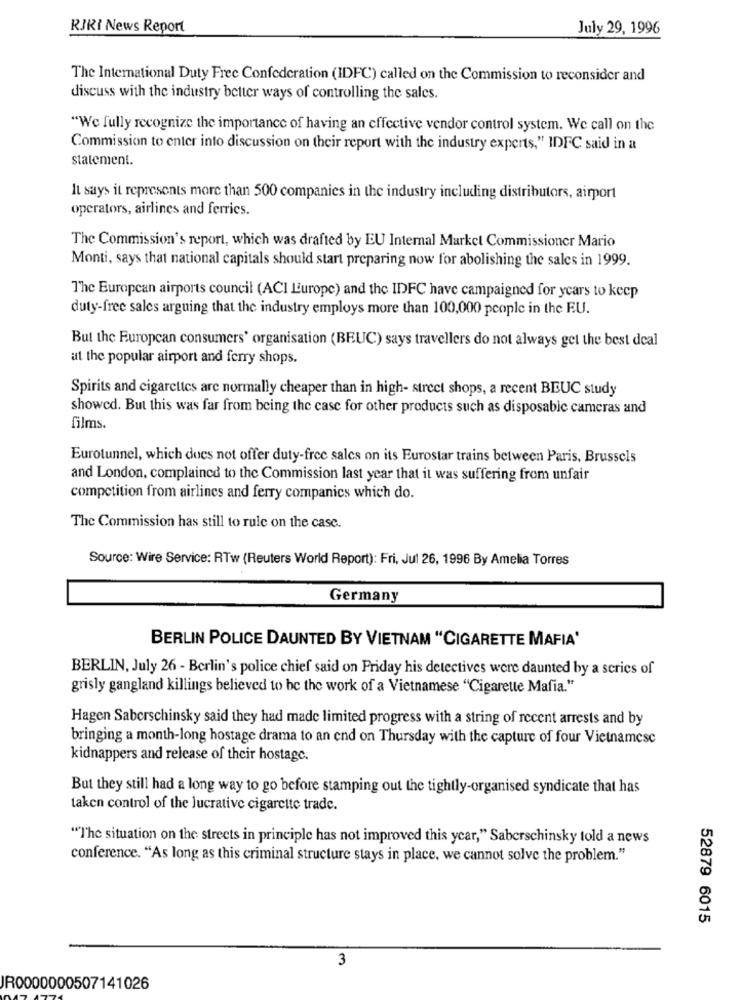
RIKI News Report
July 29, 1996
The International Duty Free Confederation (IDFC) called on the Commission to reconsider and
discuss with the industry better ways of controlling the sales.
"We fully recognize the importance of having an effective vendor control system. We call on the
Commission to enter into discussion on their report with the industry experts," IDFC said in a
statement.
It says it represents more than 500 companies in the industry including distributors, airport
operators, airlines and ferries.
The Commission's report, which was drafted by EU Internal Market Commissioner Mario
Monti, says that national capitals should start preparing now for abolishing the sales in 1999.
The European airports council (ACI Europe) and the IDFC have campaigned for years to keep
duty-free sales arguing that the industry employs more than 100,000 people in the EU.
But the European consumers' organisation (BEUC) says travellers do not always get the best deal
at the popular airport and ferry shops.
Spirits and cigarettes are normally cheaper than in high- strect shops, a recent BEUC study
showed. But this was far from being the case for other products such as disposable cameras and
films.
Eurotunnel, which does not offer duty-free sales on its Eurostar trains between Paris, Brussels
and London, complained to the Commission last year that it was suffering from unfair
competition from airlines and ferry companies which do.
The Commission has still to rule on the case.
Source: Wire Service: RTw (Reuters World Report): Fri. Jul 26, 1996 By Amelia Torres
Germany
BERLIN POLICE DAUNTED BY VIETNAM "CIGARETTE MAFIA'
BERLIN, July 26 - Berlin's police chief said on Friday his detectives were daunted by a series of
grisly gangland killings believed to be the work of a Vietnamese "Cigarette Mafia."
Hagen Saberschinsky said they had made limited progress with a string of recent arrests and by
bringing a month-long hostage drama to an end on Thursday with the capture of four Vietnamese
kidnappers and release of their hostage.
But they still had a long way to go before stamping out the tightly-organised syndicate that has
taken control of the lucrative cigarette trade.
""The situation on the streets in principle has not improved this year," Saberschinsky told a news
conference. "As long as this criminal structure stays in place, we cannot solve the problem."
52879 6015
3
IR0000000507141026